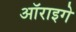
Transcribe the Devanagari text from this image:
ऑराइगे